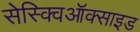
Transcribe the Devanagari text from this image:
सेस्क्विऑक्साइड